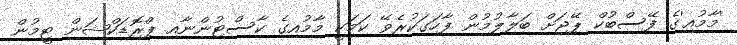
'މާމުއި'ގެ ފޭސްބުކް ޕޭޖަށް ބަލާލުމުން ފާހަގަކުރެވޭ ކަމަކީ މާމުއިގެ ކާސްޓުންނާއި ޕްރޮޑަކްޝަން ޓީމުން